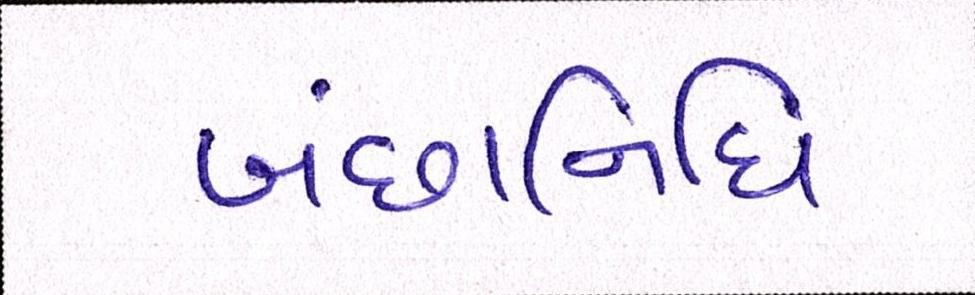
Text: બંછાનિધિ